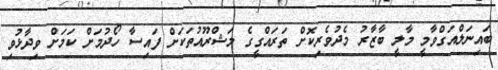
ބައިނަލްއަގްވާމީ މާލީ ބާޒާރު މެދުވެރިކޮށް ތަރައްގީގެ މަޝްރޫއުތަކަށް ފައިސާ ހޯދުމަށް ކަމަށް ވިދާޅުވި